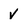
Character: v